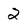
Character: 2